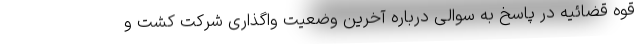
قوه قضائیه در پاسخ به سوالی درباره آخرین وضعیت واگذاری شرکت کشت و